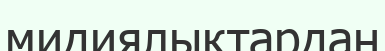
мидиялықтардан